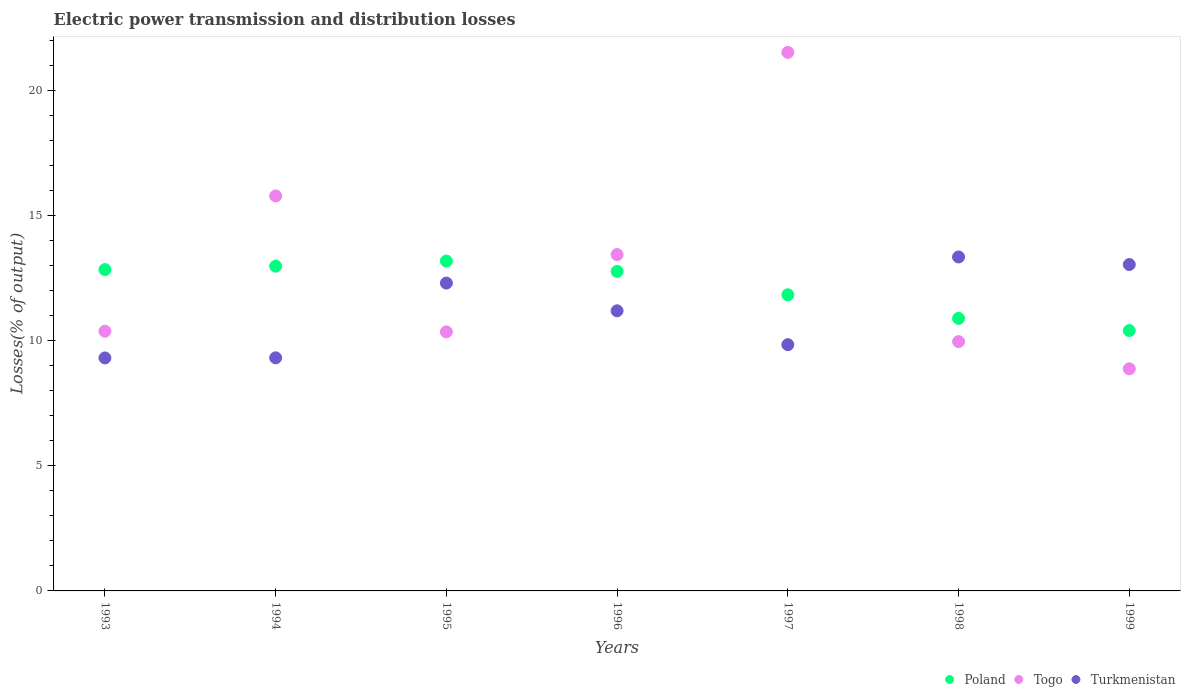
| Years | Poland | Togo | Turkmenistan |
 | --- | --- | --- | --- |
 | 1993 | 12.8 | 10.4 | 9.31 |
 | 1994 | 13 | 15.8 | 9.32 |
 | 1995 | 13.2 | 10.4 | 12.3 |
 | 1996 | 12.8 | 13.4 | 11.2 |
 | 1997 | 11.8 | 21.5 | 9.84 |
 | 1998 | 10.9 | 9.97 | 13.3 |
 | 1999 | 10.4 | 8.88 | 13 |